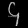
Digit: ၄